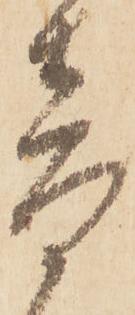
音